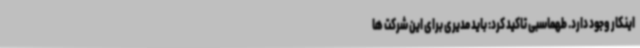
اینکار وجود دارد. طهماسبی تاکید کرد: باید مدیری برای این شرکت ها